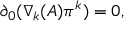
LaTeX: \partial _ { 0 } ( \nabla _ { k } ( A ) \pi ^ { k } ) = 0 ,